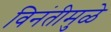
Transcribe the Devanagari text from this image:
विनंतीमुळे